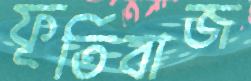
ফূর্তিবাজ